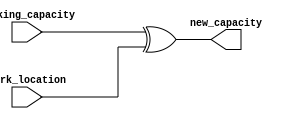
/*--  *******************************************************
  --  Computer Architecture Course, Laboratory Sources 
  --  Amirkabir University of Technology (Tehran Polytechnic)
  --  Department of Computer Engineering (CE-AUT)
  --  https://ce[dot]aut[dot]ac[dot]ir
  --  *******************************************************
  --  All Rights reserved (C) 2021-2022
  --  *******************************************************
  --  Student ID  : 9931054 & 9931066 
  --  Student Name: Manni Moghimi & Amirhossein Iravanimanesh
  --  Student Mail: 
  --  *******************************************************
  --  Additional Comments:
  --
  --*/

/*-----------------------------------------------------------
  ---  Module Name: calculate_new_capacity
  -----------------------------------------------------------*/
`timescale 1 ns/1 ns
module calculate_new_capacity(
	park_location,
	parking_capacity,
	new_capacity);
	input [7:0] park_location;
	input [7:0] parking_capacity;
	output [7:0] new_capacity;
	assign new_capacity = parking_capacity ^ park_location ;
endmodule